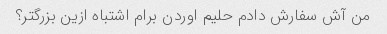
من آش سفارش دادم حلیم اوردن برام اشتباه ازین بزرگتر؟